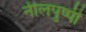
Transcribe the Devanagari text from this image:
नीलपुष्पी